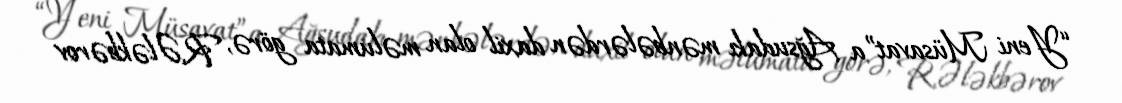
“Yeni Müsavat”a Ağsudakı mənbələrdən daxil olan məlumata görə, R.Ələkbərov